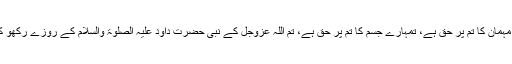
ارشاد فرمایا: تمہاری بیوی کا تم پر حق ہے، تمہارے مہمان کا تم پر حق ہے، تمہارے جسم کا تم پر حق ہے، تم اللہ عَزَّوَجَلَّ کے نبی حضرت داؤد عَلَیْہِ الصَّلٰوۃُ وَالسَّلَام کے روزے رکھو کیونکہ وہ لوگوں میں سب سے زیادہ عبادت گزار تھے۔